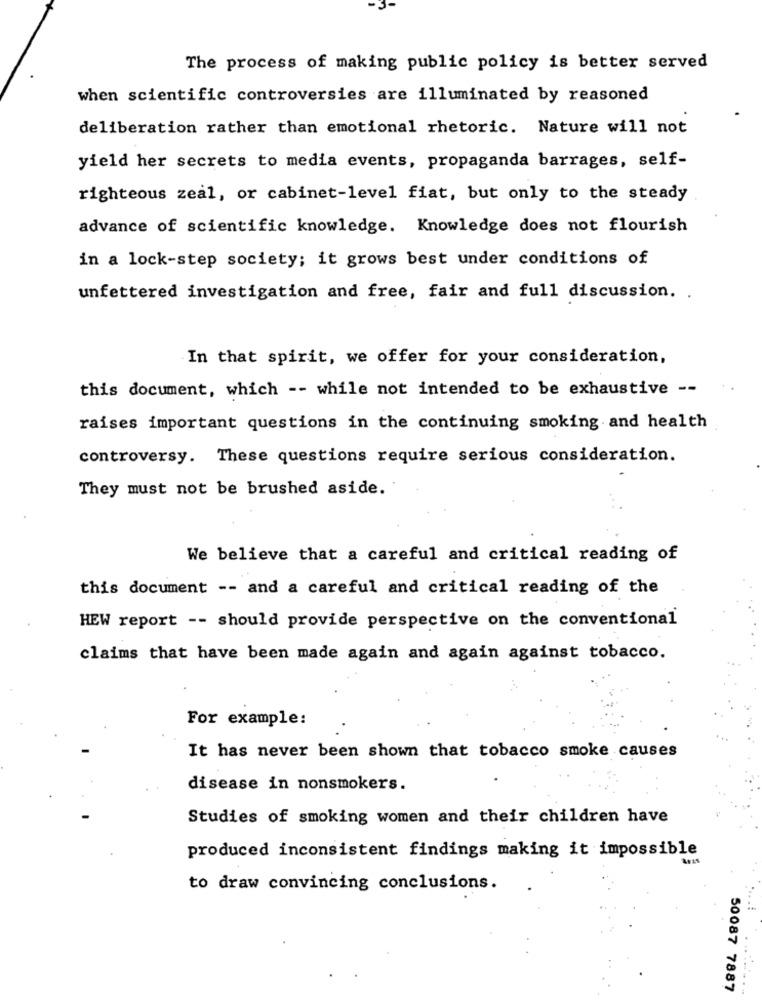
The process of making public policy is better served
when scientific controversies are illuminated by reasoned
deliberation rather than emotional rhetoric. Nature will not
yield her secrets to media events, propaganda barrages, self-
righteous zeal, or cabinet-level fiat, but only to the steady
advance of scientific knowledge. Knowledge does not flourish
in a lock-step society; it grows best under conditions of
unfettered investigation and free, fair and full discussion. .
In that spirit, we offer for your consideration,
this document, which -- while not intended to be exhaustive --
raises important questions in the continuing smoking and health
controversy. These questions require serious consideration.
They must not be brushed aside.
We believe that a careful and critical reading of
this document -- and a careful and critical reading of the
HEW report -- should provide perspective on the conventional
claims that have been made again and again against tobacco.
For example:
It has never been shown that tobacco smoke causes
disease in nonsmokers.
Studies of smoking women and their children have
produced inconsistent findings making it impossible
to draw convincing conclusions.
..:
. ....
50087 7887